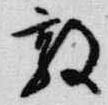
敦